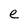
Character: e